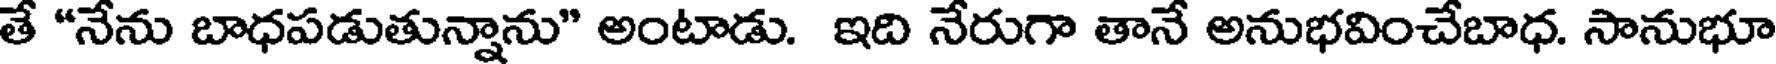
తే "నేను బాధపడుతున్నాను" అంటాడు. ఇది నేరుగా తానే అనుభవించేబాధ. సానుభూ